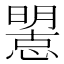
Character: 𢢤